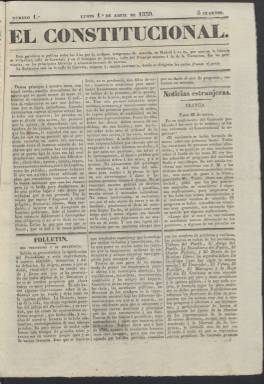
Título: El Constitucional (Madrid. 1839)
Colección: Periódicos anteriores a 1850
Ámbito geográfico: Madrid
Lugar de publicación: Madrid
Fechas: 01/04/1839-31/08/1839